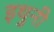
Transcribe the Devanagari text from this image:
इथुनी